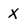
Character: X